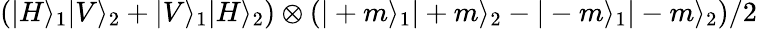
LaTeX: \left(|H\rangle_{1}|V\rangle_{2}+|V\rangle_{1}|H\rangle_{2}\right)\otimes\left(|+m\rangle_{1}|+m\rangle_{2}-|-m\rangle_{1}|-m\rangle_{2}\right)/2